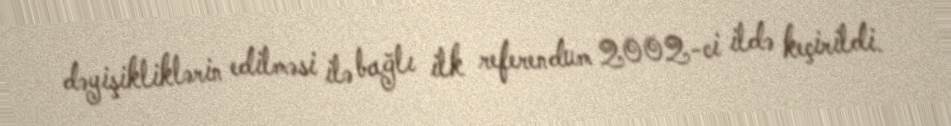
dəyişikliklərin edilməsi ilə bağlı ilk referendum 2002-ci ildə keçirildi.